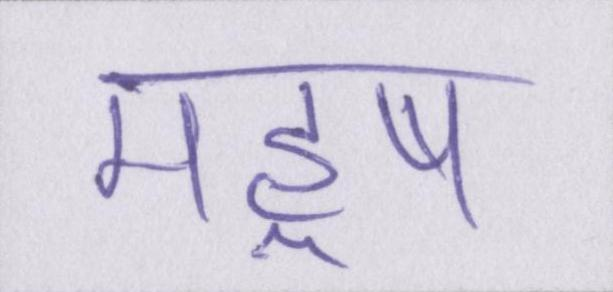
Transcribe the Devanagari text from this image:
महॢष